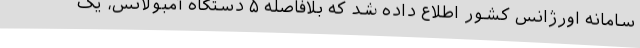
سامانه اورژانس کشور اطلاع داده شد که بلافاصله ۵ دستگاه آمبولانس، یک